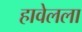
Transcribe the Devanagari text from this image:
हावेलला